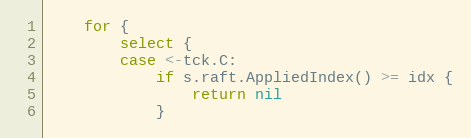
Language: Go
	for {
		select {
		case <-tck.C:
			if s.raft.AppliedIndex() >= idx {
				return nil
			}